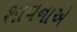
શાવનાએ